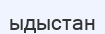
ыдыстан